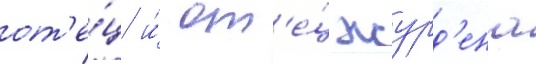
от'е́ц и́ от'е́ц журд'ена